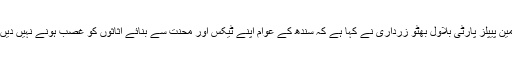
چیئرمین پیپلز پارٹی بلاول بھٹو زرداری نے کہا ہے کہ سندھ کے عوام اپنے ٹیکس اور محنت سے بنائے اثاثوں کو غصب ہونے نہیں دیں گے۔